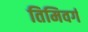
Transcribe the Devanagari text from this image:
तिमिवर्ग